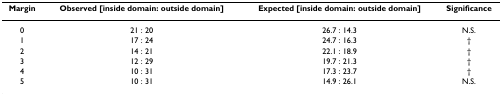
| Margin | Observed [inside domain: outside domain] | Expected [inside domain: outside domain] | Significance |
 | --- | --- | --- | --- |
 | 0 | 21 : 20 | 26.7 : 14.3 | N.S. |
 | 1 | 17 : 24 | 24.7 : 16.3 | † |
 | 2 | 14 : 21 | 22.1 : 18.9 | † |
 | 3 | 12 : 29 | 19.7 : 21.3 | † |
 | 4 | 10 : 31 | 17.3 : 23.7 | † |
 | 5 | 10 : 31 | 14.9 : 26.1 | N.S. |